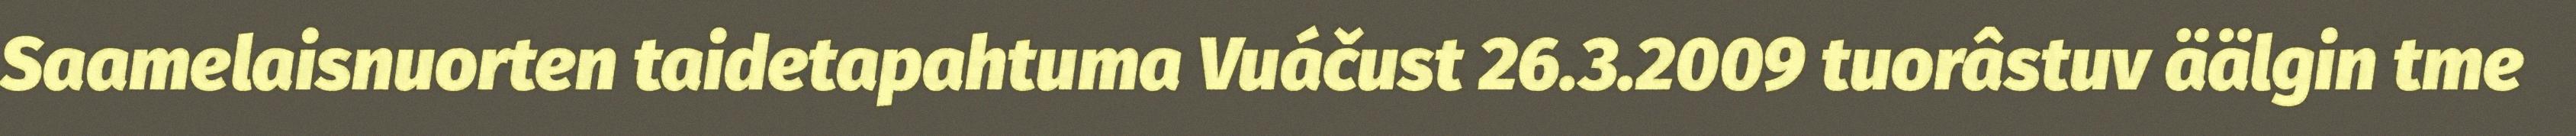
Saamelaisnuorten taidetapahtuma Vuáčust 26.3.2009 tuorâstuv äälgin tme